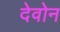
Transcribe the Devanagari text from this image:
देवोन